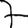
Digit: 7